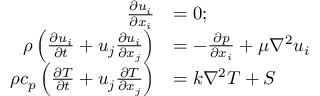
\begin{array} { r l } { \frac { \partial u _ { i } } { \partial x _ { i } } } & { = 0 ; } \\ { \rho \left( \frac { \partial u _ { i } } { \partial t } + u _ { j } \frac { \partial u _ { i } } { \partial x _ { j } } \right) } & { = - \frac { \partial p } { \partial x _ { i } } + \mu \nabla ^ { 2 } u _ { i } } \\ { \rho c _ { p } \left( \frac { \partial T } { \partial t } + u _ { j } \frac { \partial T } { \partial x _ { j } } \right) } & { = k \nabla ^ { 2 } T + S } \end{array}